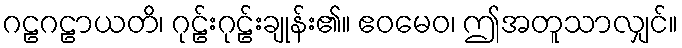
ဂဠဂဠာယတိ၊ ဂုဠ်းဂုဠ်းချုန်း၏။ ဧဝမေဝ၊ ဤအတူသာလျှင်။